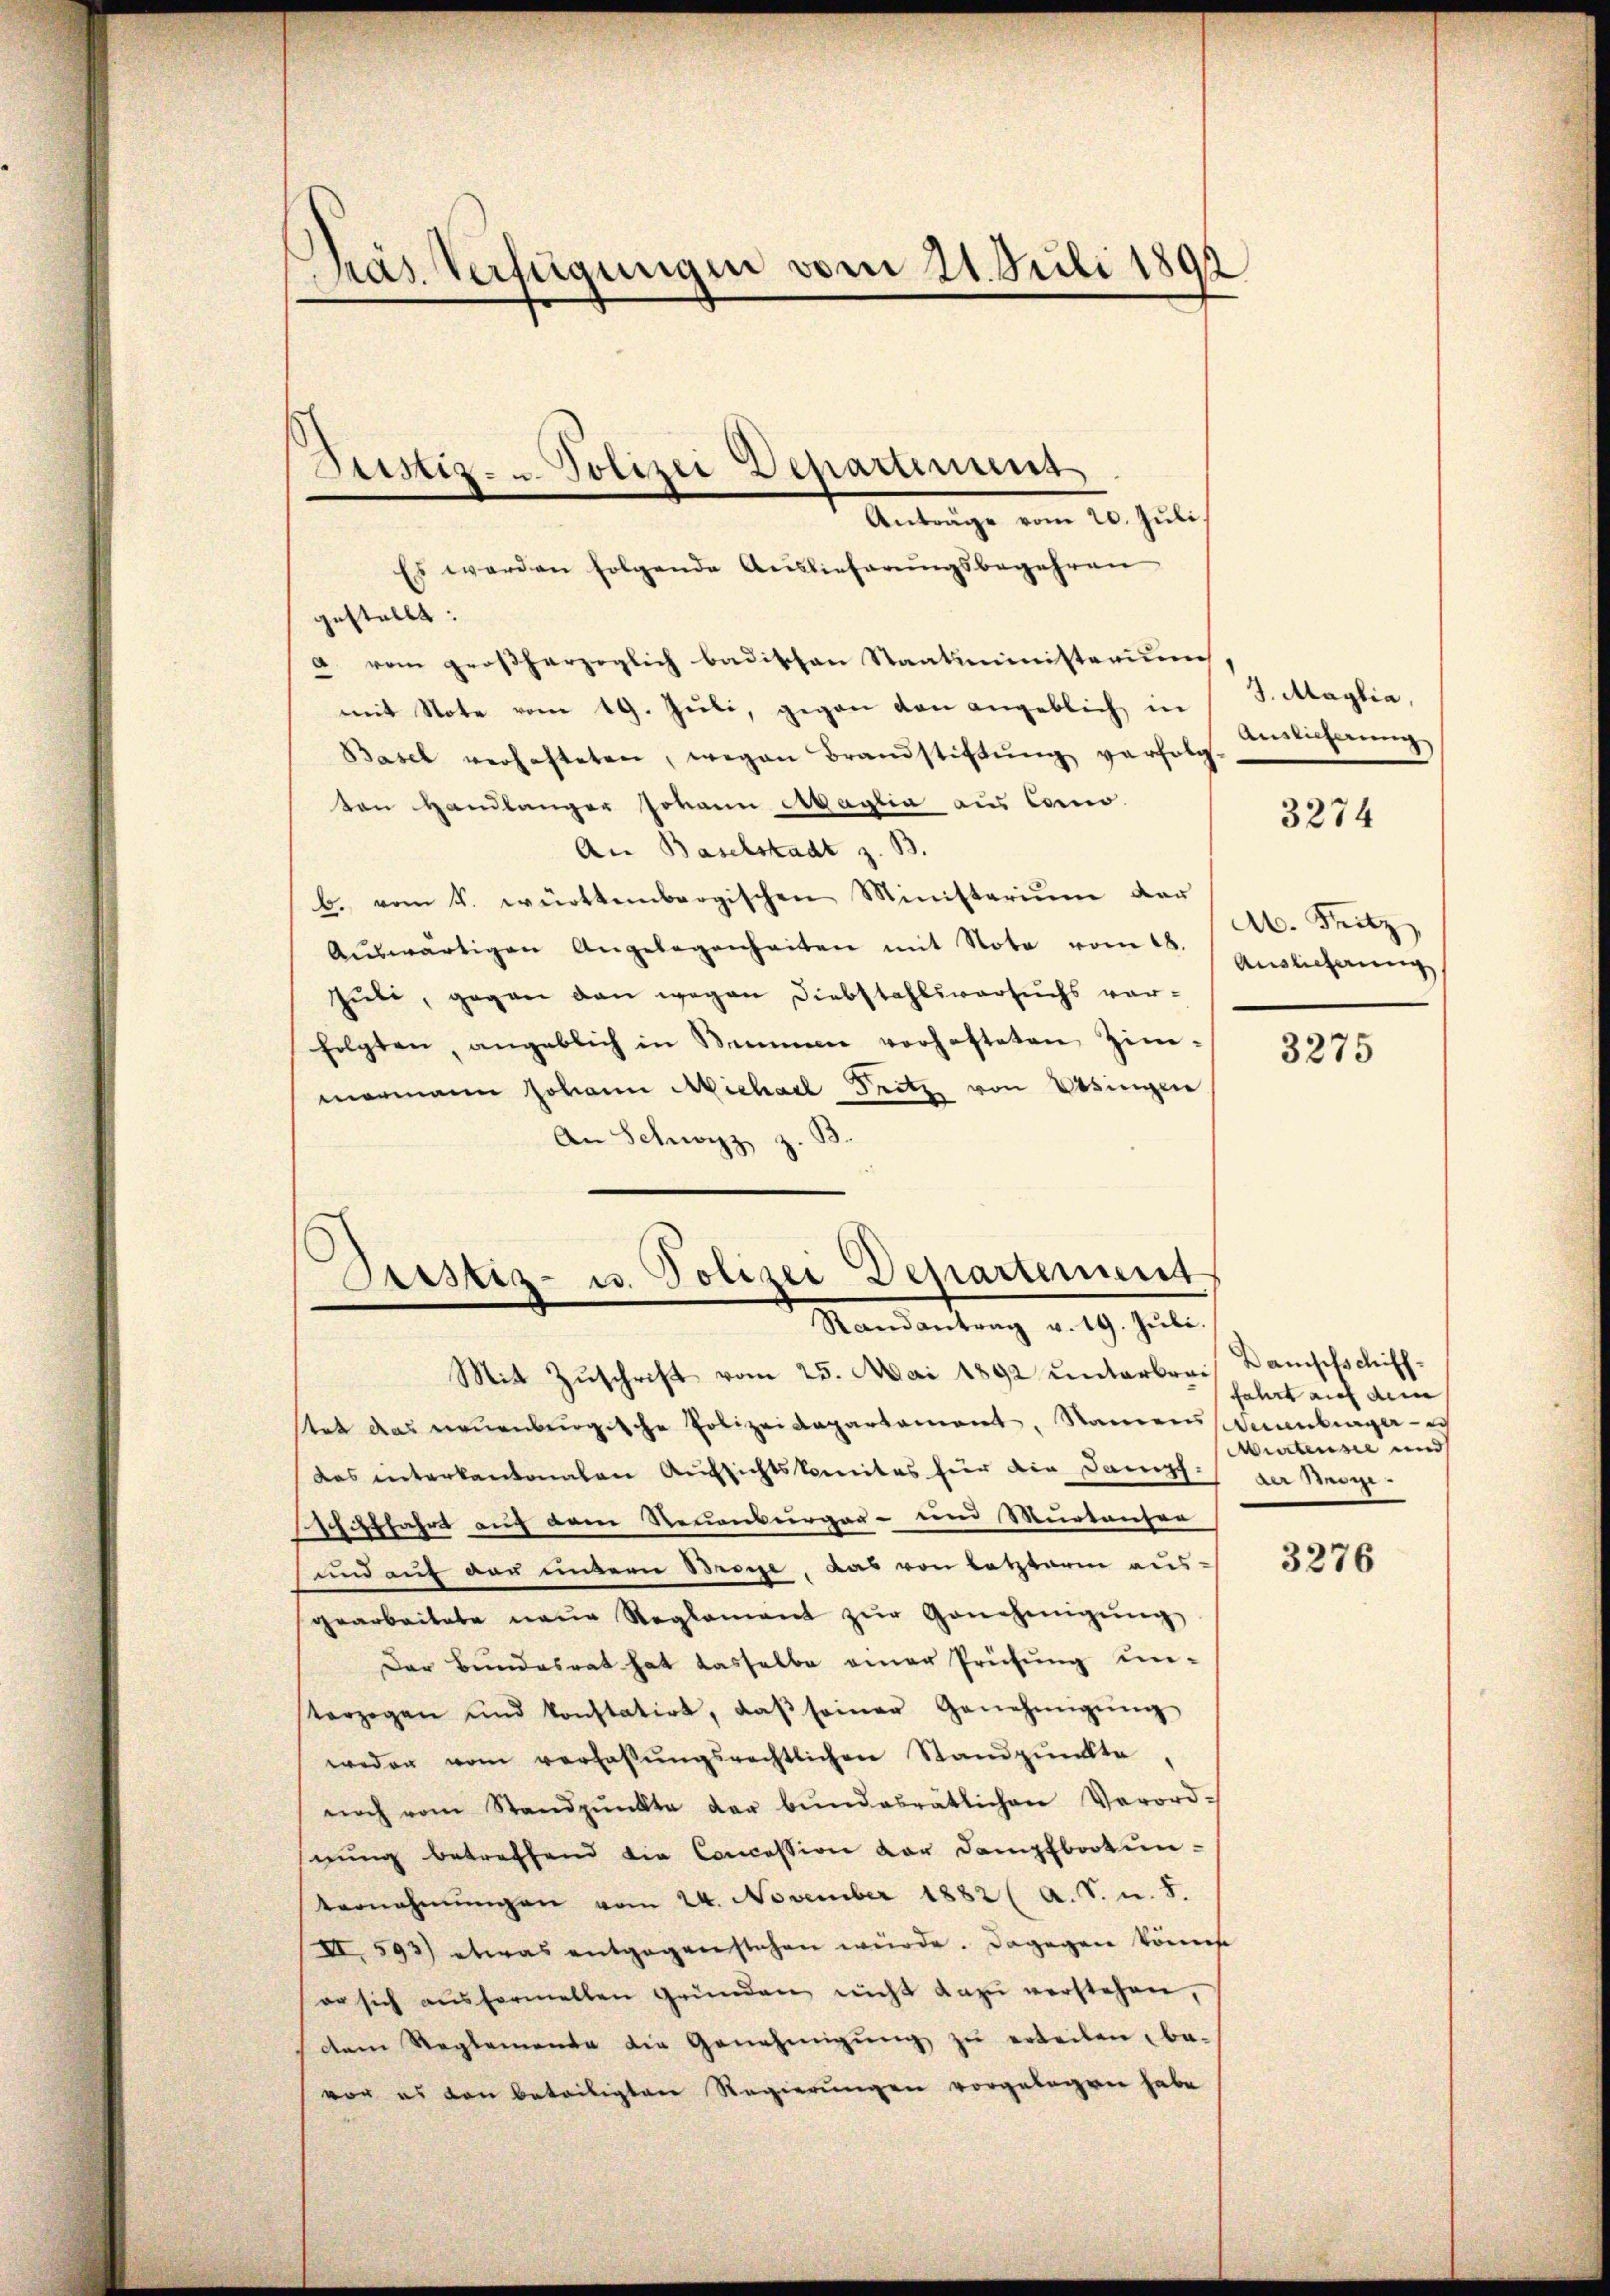
Pras Verfügungen vom 21. Juli 1892

Es werden folgende Auslieferungsbegehren
gestellt:
a. vom großherzoglich badischen Staatsministerium
mit Note vom 19. Jŭli, gegen von angeblich in
Basel verhafteten, wegen Brandstiftŭng verfolg
ten Handlanger Jovann Maglia aus Conno
An Baselstadt z. B.
b. vom k. württembergischen Ministerium der
Aŭswärtigen Angelegenheiten mit Nota vom 18.
sŭli, gegen dan wegen Diebstahlsversuchs vor-
folgten, angeblich in Sinnern verhafteten Zim-
marmann Johann Michael Fritz von Visingen
An Schwyz z. B.

Justiz- u. Polizei Departinung
Anträge vom 20. Juli,

Sistiz- u. Polizei Departement
Randantrag v. 19. Jŭli.

Mit Zuschrift vom 25. Mai 1892 unterbrech Dampfschiffstet das neuenburgische Polizeidepartement, Namen Sinnburger - ich
das interkantonalen Aufsichtskomites für die Dampf der Regi
Schifffahrt auf dem Neuenburger- und Murtauser
und auf das untern Brose, das von Letzterm ausgearbeitete neue Reglement zŭr Genehmigŭng
Der Bundesrat hat dasselbe einer Prüfung un-
terzogen und konstatirt, daβ seiner Genehmigŭng
weder vom verfassŭngsrechtlichen Standpunkte
noch vom Standpŭnkte der bŭndesrätlichen Verordnung betreffend die Concession der Dampfbootun-
ternehmungen vom 24. November 1882 (a. S. u. 5.
II. 593) etwas entgegenstehen würde. Dagegen können
er sich ausformellen gründen nicht dazu verstehen,
dem Reglemente die Genehmigŭng zŭ ertheilen, be-
vor es von beteiligten Regierungen vorgelegen habe

J. Maylia,
Auslicherung

3274

M. Fritz
Auslicherung

3275

fahrt auf dem
Murtenste und

3276